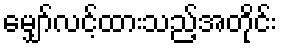
မျှော်လင့်ထားသည့်အတိုင်း